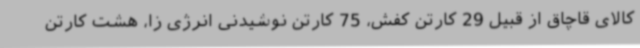
کالای قاچاق از قبیل 29 کارتن کفش، 75 کارتن نوشیدنی انرژی زا، هشت کارتن